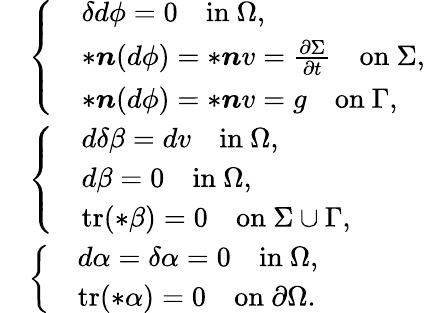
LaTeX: \begin{array}{rl}&{\left\{ \begin{array}{ll}&{\delta d\phi=0\quad\mathrm{in}\ \Omega,}\\ &{\ast\boldsymbol{n}(d\phi)=\ast\boldsymbol{n}v=\frac{\partial\Sigma}{\partial t}\quad\mathrm{on}\ \Sigma,}\\ &{\ast\boldsymbol{n}(d\phi)=\ast\boldsymbol{n}v=g\quad\mathrm{on}\ \Gamma,}\end{array}\right.}\\ &{\left\{ \begin{array}{ll}&{d\delta\beta=dv\quad\mathrm{in}\ \Omega,}\\ &{d\beta=0\quad\mathrm{in}\ \Omega,}\\ &{\mathrm{tr}(\ast\beta)=0\quad\mathrm{on}\ \Sigma\cup\Gamma,}\end{array}\right.}\\ &{\left\{ \begin{array}{ll}&{d\alpha=\delta\alpha=0\quad\mathrm{in}\ \Omega,}\\ &{\mathrm{tr}(\ast\alpha)=0\quad\mathrm{on}\ \partial\Omega.}\end{array}\right.}\end{array}